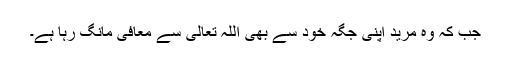
جب کہ وہ مرید اپنی جگہ خود سے بھی اللہ تعالیٰ سے معافی مانگ رہا ہے۔